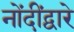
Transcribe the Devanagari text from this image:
नोंदींद्वारे